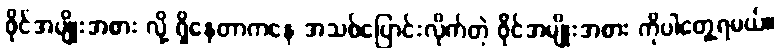
ဖိုင်အမျိုးအစား လို့ ရှိနေတာကနေ အသစ်ပြောင်းလိုက်တဲ့ ဖိုင်အမျိုးအစား ကိုပါတွေ့ရမယ်။